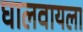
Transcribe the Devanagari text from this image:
घालवायला